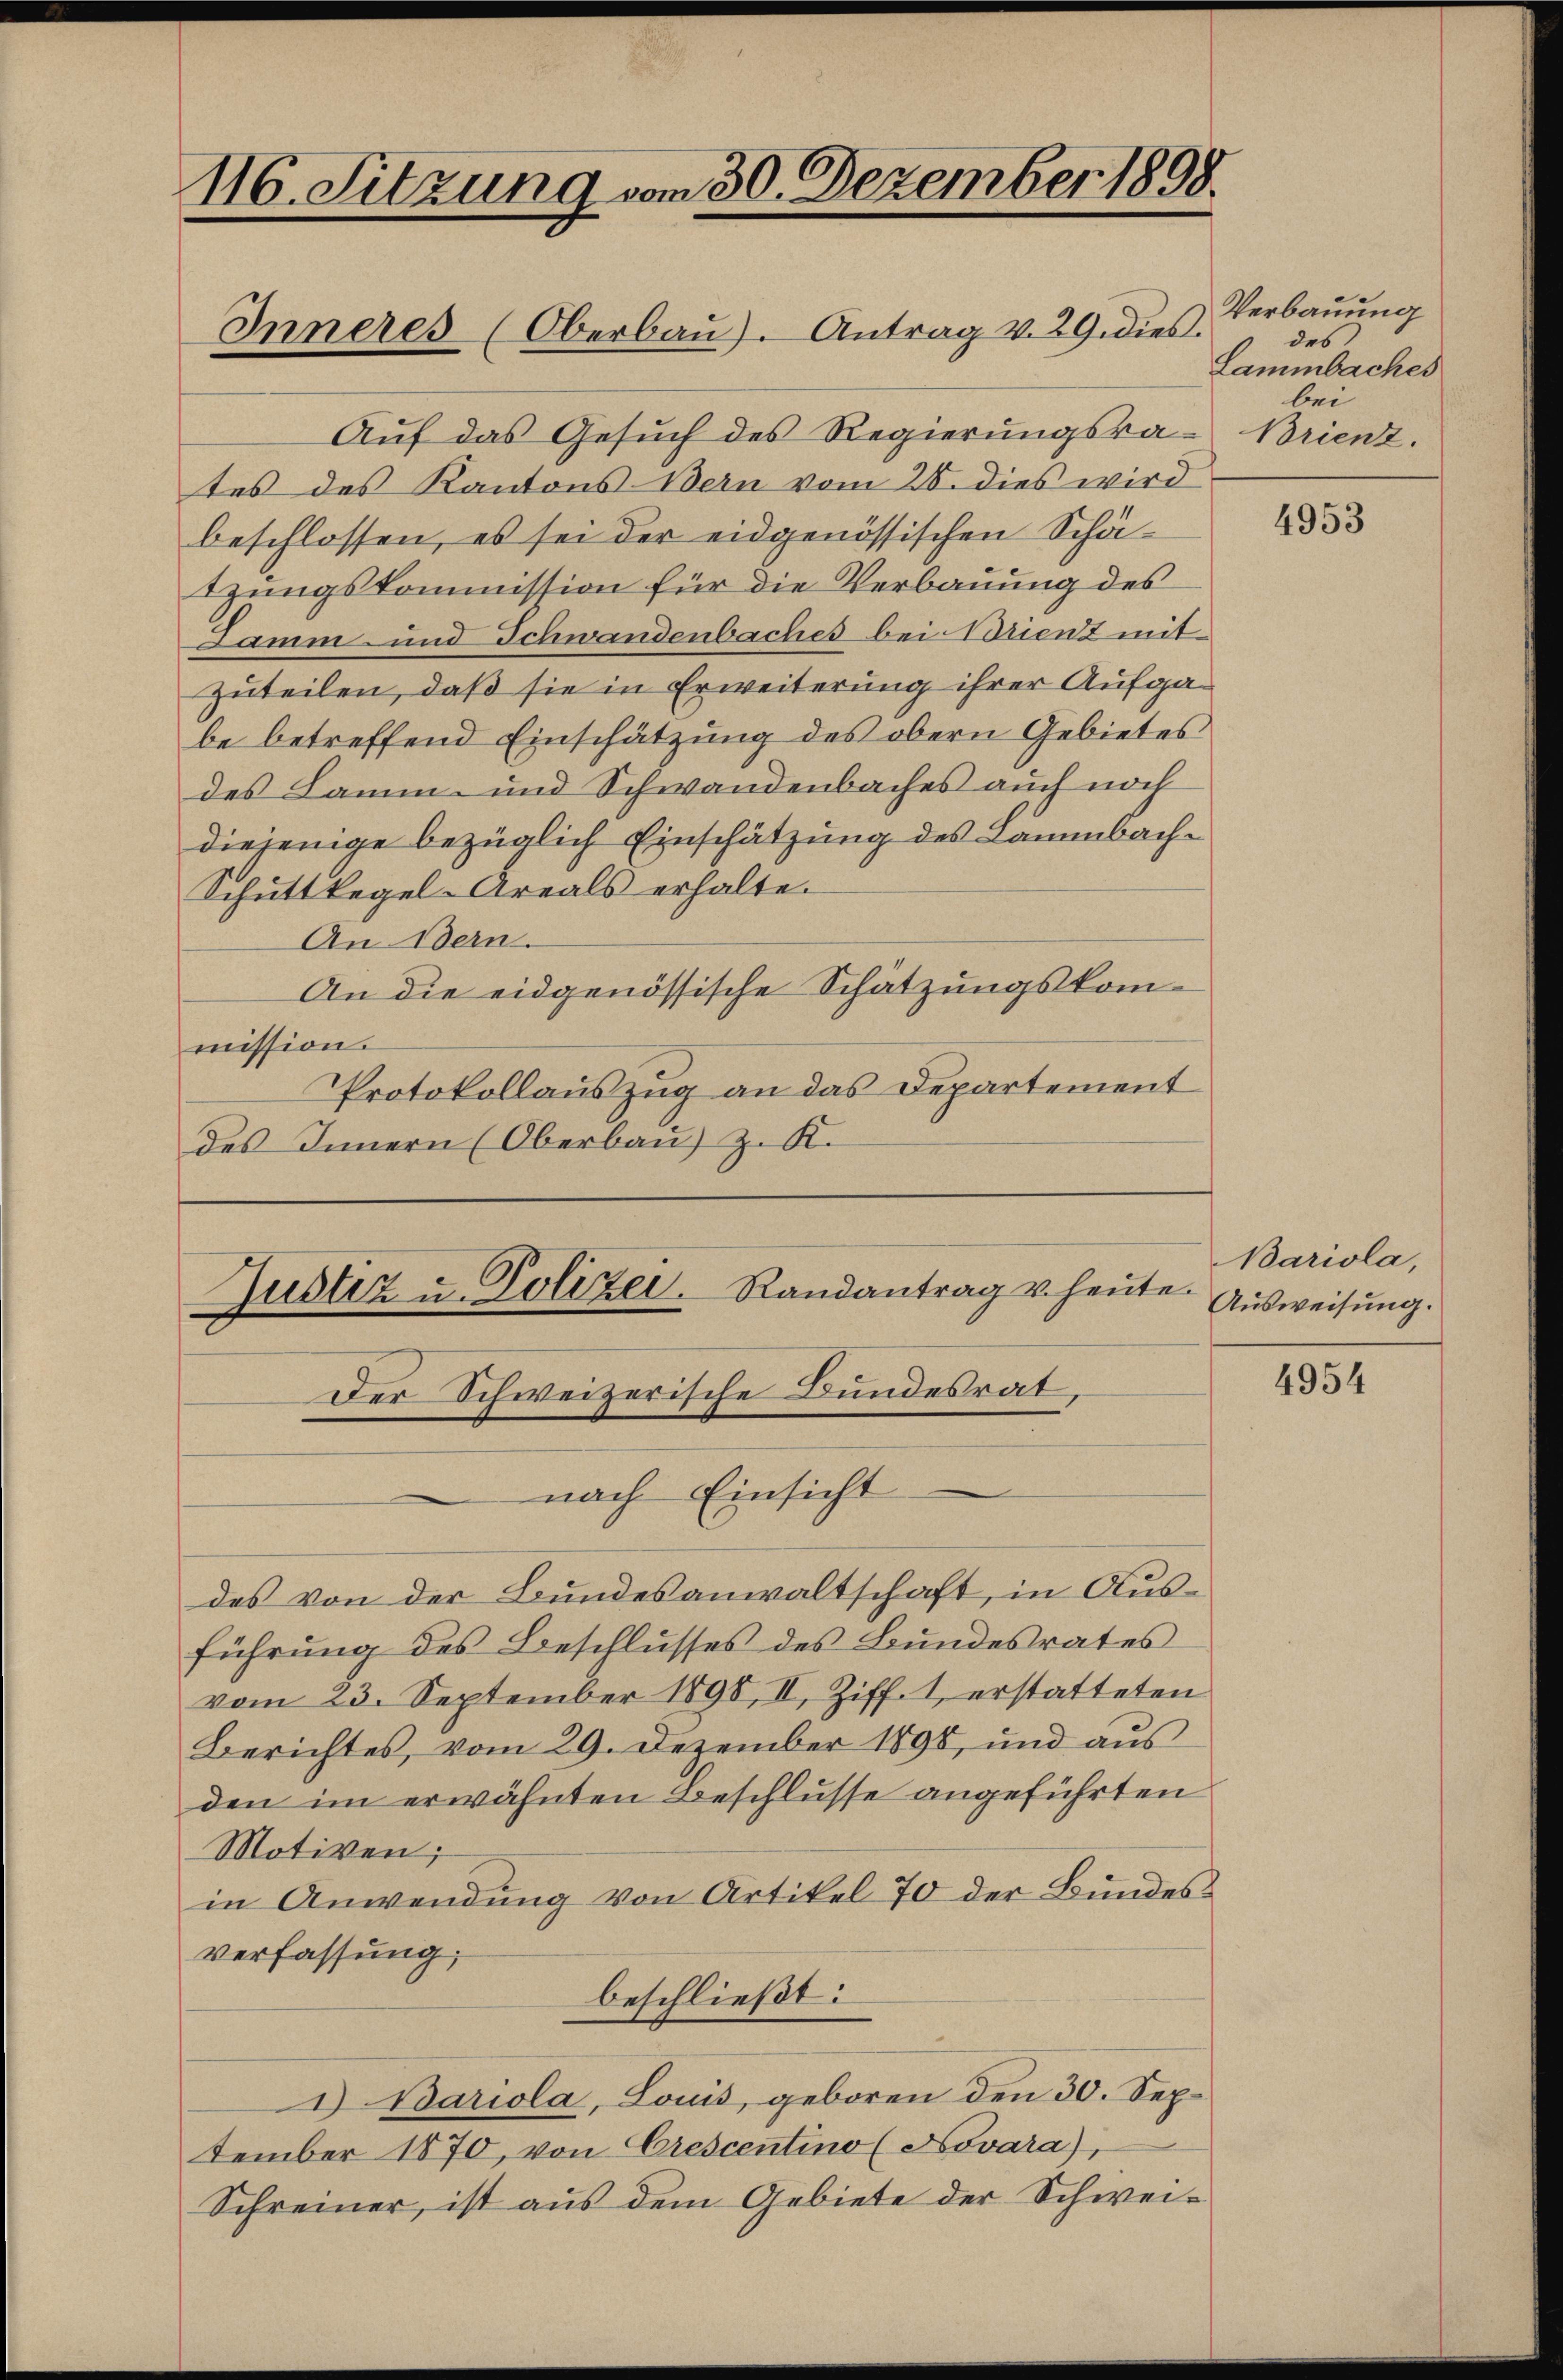
116. Sitzung vom 30. Dezember 1898.

Auf das Gesŭch des Regierungsra-
tes des Kantons Bern vom 28. dies wird
beschlossen, es sei der eidgenössischen Schätzungskommission für die Verbauung des
Samm- und Schwandenbaches bei Brient mit
zuteilen, daß sie in Erweiterung ihrer Aufgabe betreffend Einschätzung des obern Gebietes
des Samm- und Schwandenbaches auch noch
diejenige bezüglich Einschätzung des Lammbach¬
Schüttkegel-Areals erhalte.
An Bern.
An die eidgenössische Schätzungskommission.
Protokollauszug an das Departement
des Innern (Oberbaŭ) z. K.

Inneres (Oberbaŭ). Antrag v. 29. dies

des von der Bundesanwaltschaft, in Ausführung des Beschlusses des Bundesrates
vom 23. September 1898, II. Ziff. 1, erstatteten
Berichtes, vom 29. Dezember 1898, und aus
den im erwähnten Beschlusse angeführten
Motiven;
in Anwendung von Artikel 70 der Bundes
verfassung,
beschließt:
2) Bariola, Louis, geboren den 30. September 1870, von Crescentino (Novara),
Schreiner, ist aus dem Gebiete der Schwei¬

Justiz u. Polizei. Randantrag u. heute.
Der Schweizerische Bundesrat
nach Einsicht

Verbauung
des
Lammbaches
bei
Brienz.

4953

Barila,
Ausweisung.

4954